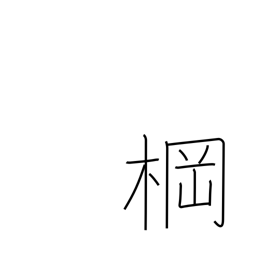
Meaning: mast crossbeam